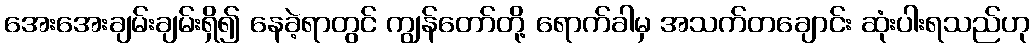
အေးအေးချမ်းချမ်းရှိ၍ နေခဲ့ရာတွင် ကျွန်တော်တို့ ရောက်ခါမှ အသက်တချောင်း ဆုံးပါးရသည်ဟု